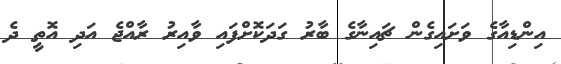
އިންޑިއާގެ ވަށައިގެން ޗައިނާގެ ބާރު ގަދަކޮށްފައި ވާއިރު ރާއްޖެ އަދި އޮތީ ދެ